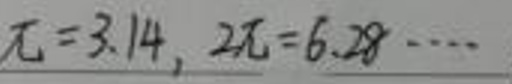
$\pi = 3.14,\ 2\pi = 6.28\cdots$